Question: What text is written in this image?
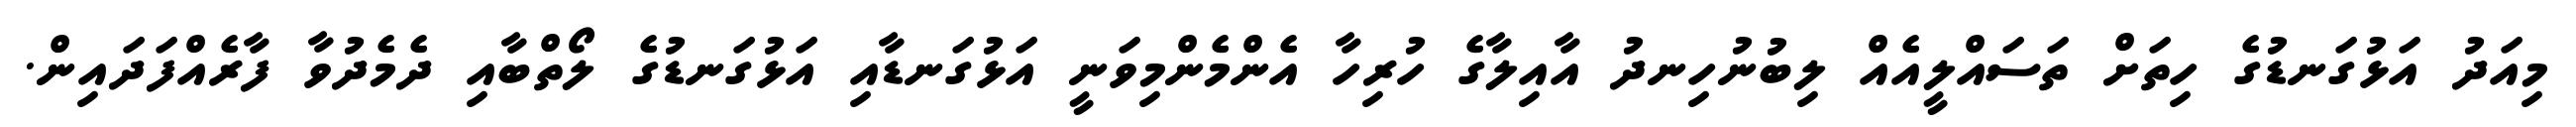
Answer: މިއަދު އަޅުގަނޑުގެ ހިތަށް ތަސައްލީއެއް ލިބުނުހިނދު އާއިލާގެ ހުރިހާ އެންމެންމިވަނީ އަޅުގަނޑާއި އަޅުގަނޑުގެ ލޯތްބާއި ދެމެދުވާ ފާރެއްފަދައިން.